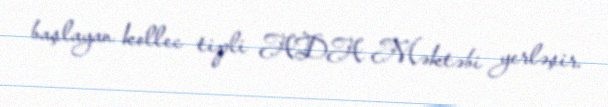
başlayan kollec tipli ADA Məktəbi yerləşir.